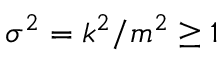
\sigma ^ { 2 } = k ^ { 2 } / m ^ { 2 } \ge 1